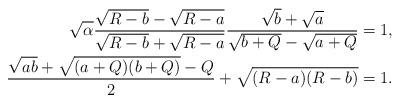
LaTeX: \begin{align*}\sqrt{\alpha}\frac{\sqrt{R-b}-\sqrt{R-a}}{\sqrt{R-b}+\sqrt{R-a}}\frac{\sqrt{b}+\sqrt{a}}{\sqrt{b+Q}-\sqrt{a+Q}}&=1,\\\frac{\sqrt{ab}+\sqrt{(a+Q)(b+Q)}-Q}{2}+\sqrt{(R-a)(R-b)}&=1.\end{align*}